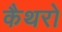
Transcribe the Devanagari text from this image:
कैथरो